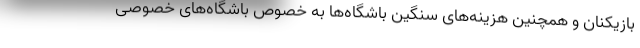
بازیکنان و همچنین هزینه‌های سنگین باشگاه‌ها به خصوص باشگاه‌های خصوصی